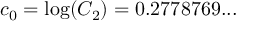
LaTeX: c _ { 0 } = \log ( C _ { 2 } ) = 0 . 2 7 7 8 7 6 9 . . .